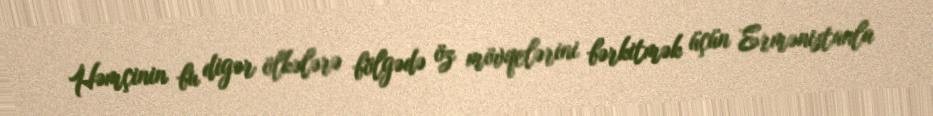
Həmçinin bu digər ölkələrə bölgədə öz mövqelərini bərkitmək üçün Ermənistanla